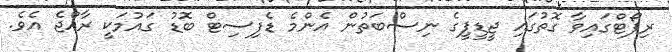
ރިޕޯޓްގައިވާ ގޮތުގައި ޖީޑީޕީގެ ނިސްބަތުން އެންމެ ޑެފިސިޓް ބޮޑު ގައުމަކީ ރާއްޖެ އެވެ.